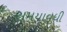
સમયાવધી